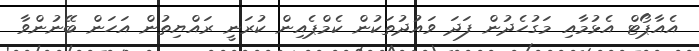
އެއާޕޯޓް އެޅުމާއި މަގުހެދުން ފަދަ ވައުދުތަކުން ކެމްޕެއިން ކުރަނީ ރައްޔިތުން އަހަން ބޭނުންވާ